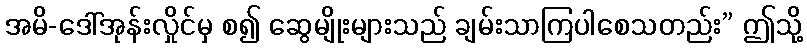
အမိ-ဒေါ်အုန်းလှိုင်မှ စ၍ ဆွေမျိုးများသည် ချမ်းသာကြပါစေသတည်း” ဤသို့